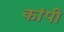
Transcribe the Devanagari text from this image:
कांपी